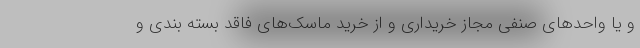
و یا واحدهای صنفی مجاز خریداری و از خرید ماسک‌های فاقد بسته بندی و